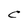
Character: C